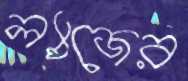
ল্যাজের